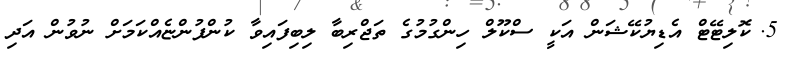
5.	ކޮލިޓޭޓް އެޑިޔުކޭޝަން އަކީ ސްކޫލް ހިންގުމުގެ ތަޖްރިބާ ލިބިފައިވާ ކުންފުންޏެއްކަމަށް ނުވުން އަދި